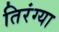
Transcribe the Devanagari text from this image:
तिरंग्या